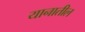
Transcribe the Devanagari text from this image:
यानातील